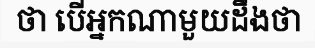
ថា បើអ្នកណាមួយដឹងថា